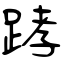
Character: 踍